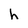
Character: h